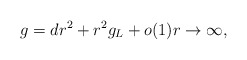
\begin{align*} g = dr^2 + r^2 g_L + o(1) r \to \infty,\end{align*}